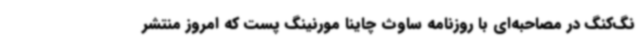
نگ‌کنگ در مصاحبه‌ای با روزنامه ساوث چاینا مورنینگ پست که امروز منتشر